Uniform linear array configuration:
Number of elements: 24
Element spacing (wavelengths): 1
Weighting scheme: uniform
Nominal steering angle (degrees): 30
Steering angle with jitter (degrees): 31.996
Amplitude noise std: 0.05
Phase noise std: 0.05

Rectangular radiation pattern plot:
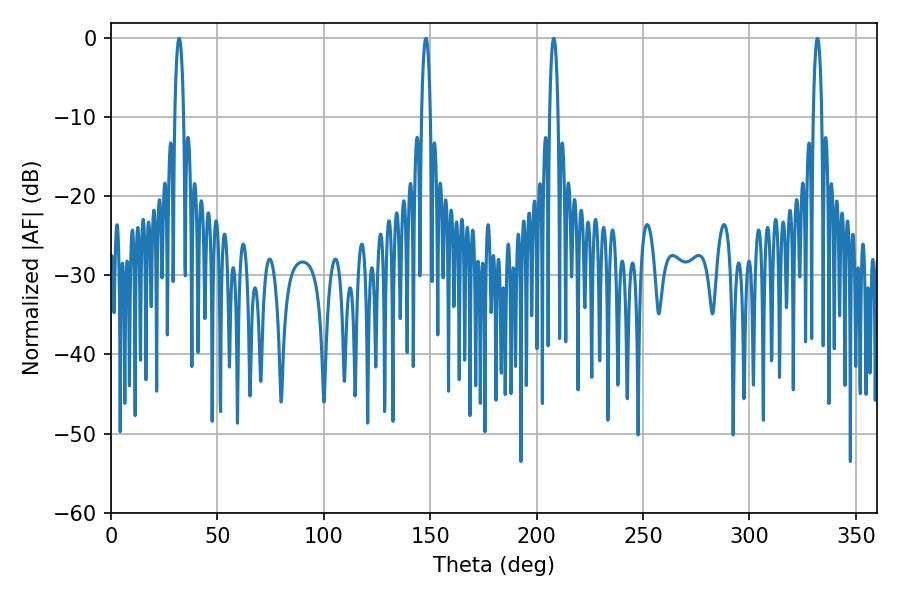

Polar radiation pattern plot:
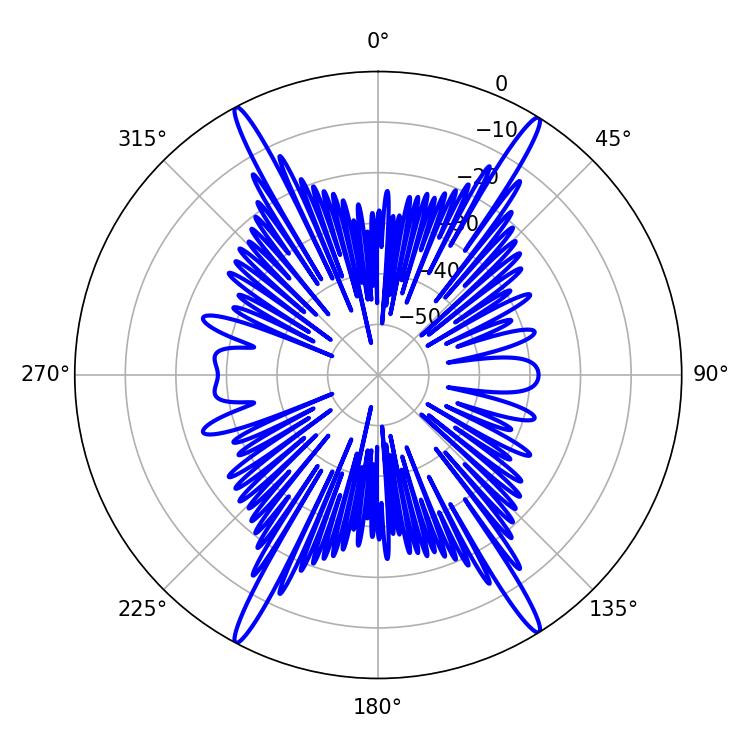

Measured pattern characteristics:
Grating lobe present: TRUE
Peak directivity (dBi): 24.748
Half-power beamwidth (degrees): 2.34
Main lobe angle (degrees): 32.04